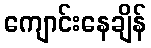
ကျောင်းနေချိန်